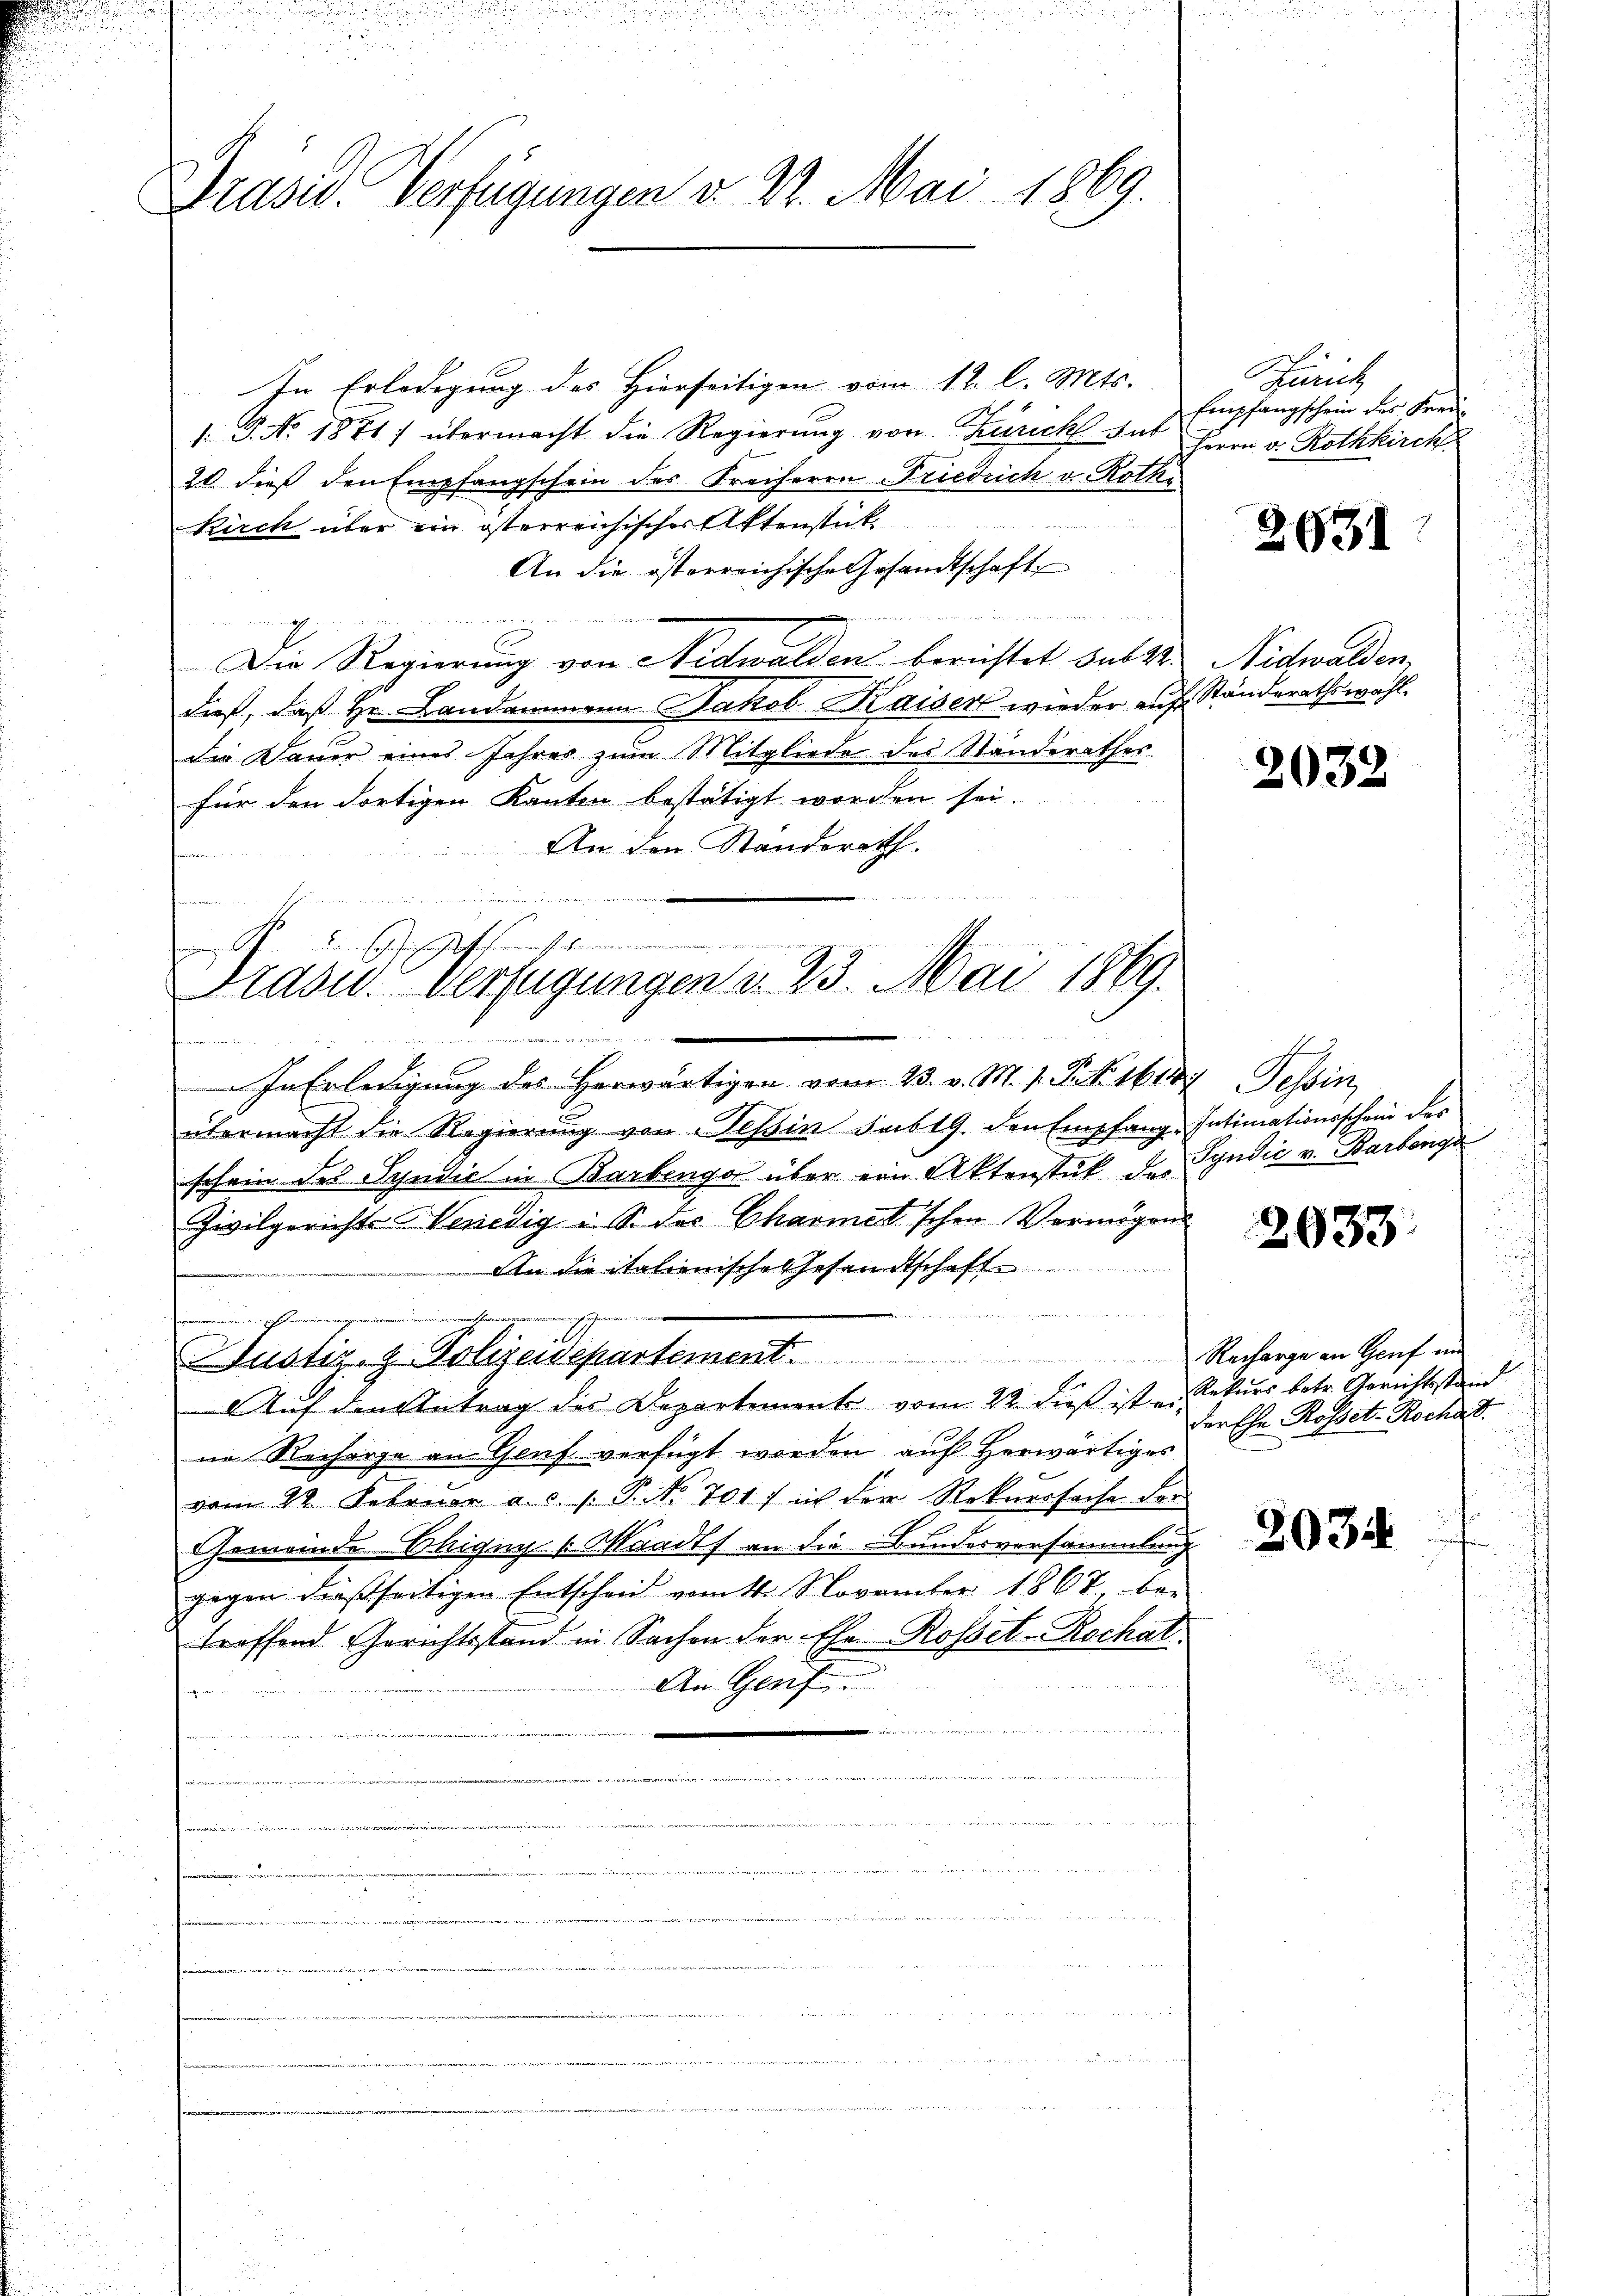
i

Präsid. Verfügungen v. St. Mai 1869.

In Erledigung des Hierseitigen vom 12. l. Mts.
1. P. No. 1871) übermacht die Regierung von Zürich sub
20. dieß den Empfangschein des Freiherrn Friedrich v. Rothe
Kirch über ein österreichischer Aktenstück
An die österreichische Gesandtschaft

Die Regierung von Nidwalden berichtet sub 22.
dieß, daß Hr. Landammann Jakob Kaiser wieder auf Standerathswahl.
die Dauer eines Jahres zum Mitgliede des Standerathes
für den dortigen Kanton bestätigt worden sei.
An den Standerath.
u

Senatschauern
s
b

Präsid.. Verfügungen d. 23. Mai 1869.
13
t

ferne
Justiz- & Polizeidepartement.

In Erledigung des Herwärtigen vom 23. v. M. 1. P. Nr. 161. Tessin,
übermacht die Regierung von Tessin sub 19. den Empfang-Intimationsschein der
schein des Syndie in Barbenger über von Aktenstück des Syndić v. Barbenga
Zivilgerichts Venedig u. S. des Charmet'schen Vermögens
An die italienische Gesandtschaft
Auf den Antrag des Departement vom 22 dieß ist er Rekurs betr. Gerichtsstein
in Recharge an Genf verfügt worden auf Herwärtiges
vom 12. Februar a.c. s. P. No 701 in der Rekursache der
7
Gemeinde Chigug Waadt an die Bundesversammlung
gegen dießseitigen Entscheid vom 14. November 1867, be-
treffend Gerichtsstand in Sachen der Ehe Rossel-Rochal
An Genf
fingen in

n

Zürich
Empfangschein des Kredi¬
Herrn v. Rothkirch

2631

Nidwalden.

2032

2033

Nacharge in Genf in
der Ehe Rosset. Rochat.

2034